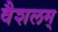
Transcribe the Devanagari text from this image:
वैशलम्